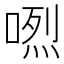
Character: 𠺅